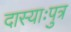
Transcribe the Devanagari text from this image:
दास्याःपुत्र